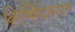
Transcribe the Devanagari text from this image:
किष्किंदानगर